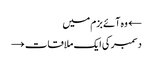
← وہ آئے بزم میں
دسمبر کی ایک ملاقات →